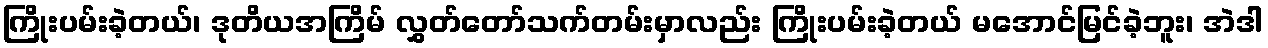
ကြိုးပမ်းခဲ့တယ်၊ ဒုတိယအကြိမ် လွှတ်တော်သက်တမ်းမှာလည်း ကြိုးပမ်းခဲ့တယ် မအောင်မြင်ခဲ့ဘူး၊ အဲဒါ